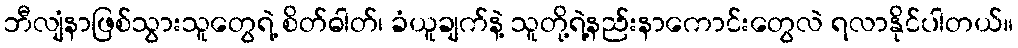
ဘီလျံနာဖြစ်သွားသူတွေရဲ့ စိတ်ဓါတ်၊ ခံယူချက်နဲ့ သူတို့ရဲ့နည်းနာကောင်းတွေလဲ ရလာနိုင်ပါတယ်။